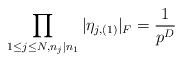
LaTeX: \begin{align*}\prod_{1\leq j\leq N,n_j\mid n_1} \vert \eta_{j,(1)}\vert_F=\frac{1}{p^{D}}\end{align*}